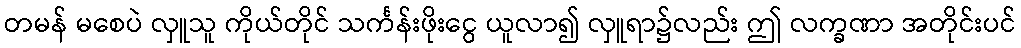
တမန် မစေပဲ လှူသူ ကိုယ်တိုင် သင်္ကန်းဖိုးငွေ ယူလာ၍ လှူရာ၌လည်း ဤ လက္ခဏာ အတိုင်းပင်